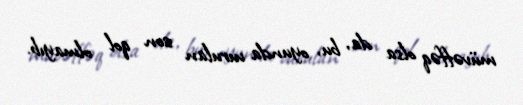
müvəffəq olsa da, bu, oyunda vurulan son qol olmayıb.